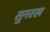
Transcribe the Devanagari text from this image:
सुनरख